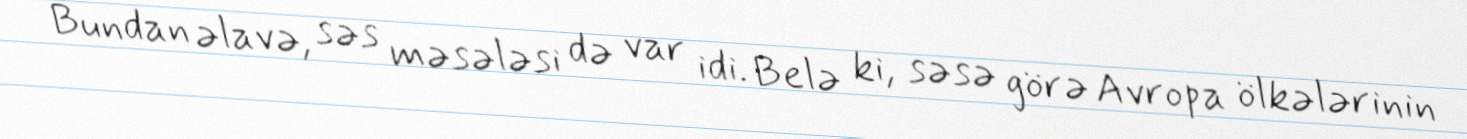
Bundan əlavə, səs məsələsi də var idi. Belə ki, səsə görə Avropa ölkələrinin